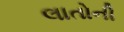
લાતોની